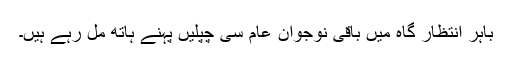
باہر انتظار گاہ میں باقی نوجوان عام سی چپلیں پہنے ہاتھ مل رہے ہیں۔